Leaving Certificate Examination, 1911
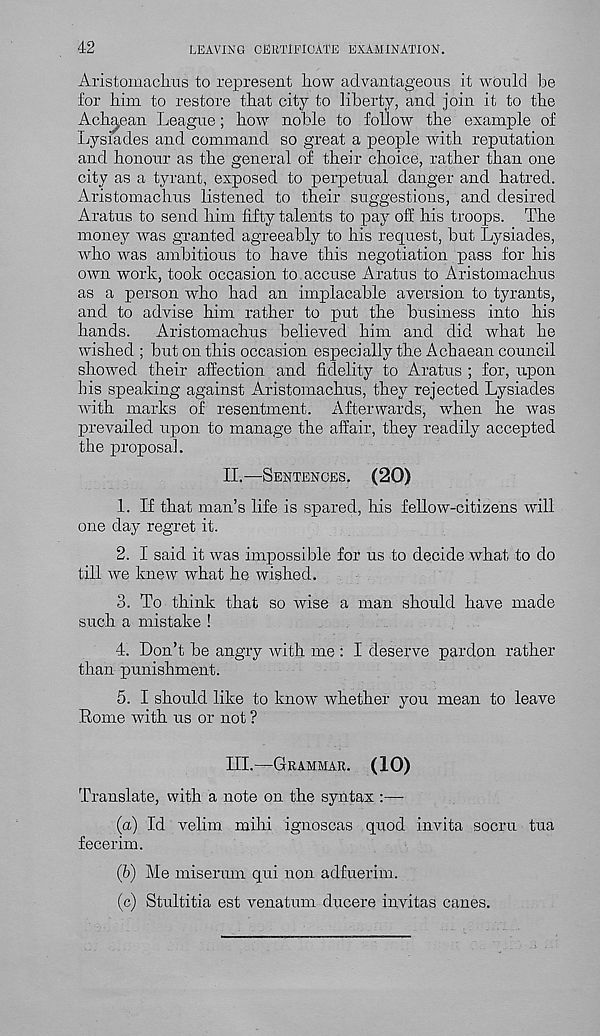
42
LEAVING CERTIFICATE EXAMINATION.
Aristomaclras to represent liow advantageous it would be
for him to restore that city to liberty, and join it to the
Achaean League; how noble to follow the example of
Lysiades and command so great a people with reputation
and honour as the general of their choice, rather than one
city as a tyrant, exposed to perpetual danger and hatred.
Aristomachus listened to their suggestions, and desired
Aratus to send him fifty talents to pay off his troops. The
money was granted agreeably to his request, but Lysiades,
who was ambitious to have this negotiation pass for his
own work, took occasion to. accuse Aratus to Aristomachus
as a person who had an implacable aversion to tyrants,
and to advise him rather to put the business into his
hands.
Aristomachus believed him and did what he
wished ; but on this occasion especially the Achaean council
showed their affection and fidelity to Aratus ; for, upon
his speaking against Aristomachus, they rejected Lysiades
with marks of resentment. Afterwards, when he was
prevailed upon to manage the affair, they readily accepted
the proposal.
II.
—
1. If that man’s life is spared, his fellow-citizens will
one day regret it.
2. I said it was impossible for us to decide what to do
till we knew what he wished.
3. To think that so wise a man should have made
such a mistake !
4. Don’t be angry with me : I deserve pardon rather
than punishment.
5. I should like to know whether you mean to leave
Rome with us or not ?
III.
—
Translate, with a note on the syntax
(a) Id velim mihi ignoscas quod invita socru tua
fecerim.
(b) Me miserum qui non adfuerim.
(c) Stultitia est venatum ducere invitas canes.